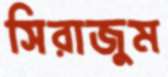
সিরাজুম